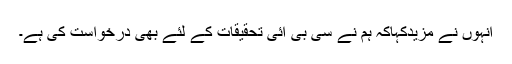
انہوں نے مزیدکہاکہ ہم نے سی بی ائی تحقیقات کے لئے بھی درخواست کی ہے۔